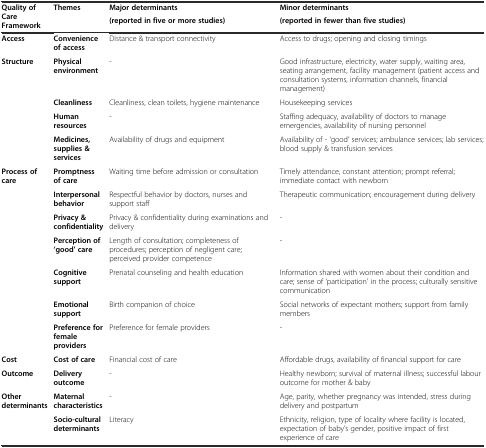
<table><thead><tr><td rowspan="2"><b>Quality of Care Framework</b></td><td rowspan="2"><b>Themes</b></td><td><b>Major determinants</b></td><td><b>Minor determinants</b></td></tr><tr><td><b>(reported in five or more studies)</b></td><td><b>(reported in fewer than five studies)</b></td></tr></thead><tbody><tr><td><b>Access</b></td><td><b>Convenience of access</b></td><td>Distance &amp; transport connectivity</td><td>Access to drugs; opening and closing timings</td></tr><tr><td rowspan="4"><b>Structure</b></td><td><b>Physical environment</b></td><td>-</td><td>Good infrastructure, electricity, water supply, waiting area, seating arrangement, facility management (patient access and consultation systems, information channels, financial management)</td></tr><tr><td><b>Cleanliness</b></td><td>Cleanliness, clean toilets, hygiene maintenance</td><td>Housekeeping services</td></tr><tr><td><b>Human resources</b></td><td>-</td><td>Staffing adequacy, availability of doctors to manage emergencies, availability of nursing personnel</td></tr><tr><td><b>Medicines, supplies &amp; services</b></td><td>Availability of drugs and equipment</td><td>Availability of - ‘good’ services; ambulance services; lab services; blood supply &amp; transfusion services</td></tr><tr><td rowspan="7"><b>Process of care</b></td><td><b>Promptness of care</b></td><td>Waiting time before admission or consultation</td><td>Timely attendance, constant attention; prompt referral; immediate contact with newborn</td></tr><tr><td><b>Interpersonal behavior</b></td><td>Respectful behavior by doctors, nurses and support staff</td><td>Therapeutic communication; encouragement during delivery</td></tr><tr><td><b>Privacy &amp; confidentiality</b></td><td>Privacy &amp; confidentiality during examinations and delivery</td><td>-</td></tr><tr><td><b>Perception of ‘good’ care</b></td><td>Length of consultation; completeness of procedures; perception of negligent care; perceived provider competence</td><td>-</td></tr><tr><td><b>Cognitive support</b></td><td>Prenatal counseling and health education</td><td>Information shared with women about their condition and care; sense of ‘participation’ in the process; culturally sensitive communication</td></tr><tr><td><b>Emotional support</b></td><td>Birth companion of choice</td><td>Social networks of expectant mothers; support from family members</td></tr><tr><td><b>Preference for female providers</b></td><td>Preference for female providers</td><td>-</td></tr><tr><td><b>Cost</b></td><td><b>Cost of care</b></td><td>Financial cost of care</td><td>Affordable drugs, availability of financial support for care</td></tr><tr><td><b>Outcome</b></td><td><b>Delivery outcome</b></td><td>-</td><td>Healthy newborn; survival of maternal illness; successful labour outcome for mother &amp; baby</td></tr><tr><td rowspan="2"><b>Other determinants</b></td><td><b>Maternal characteristics</b></td><td>-</td><td>Age, parity, whether pregnancy was intended, stress during delivery and postpartum</td></tr><tr><td><b>Socio-cultural determinants</b></td><td>Literacy</td><td>Ethnicity, religion, type of locality where facility is located, expectation of baby’s gender, positive impact of first experience of care</td></tr></tbody></table>